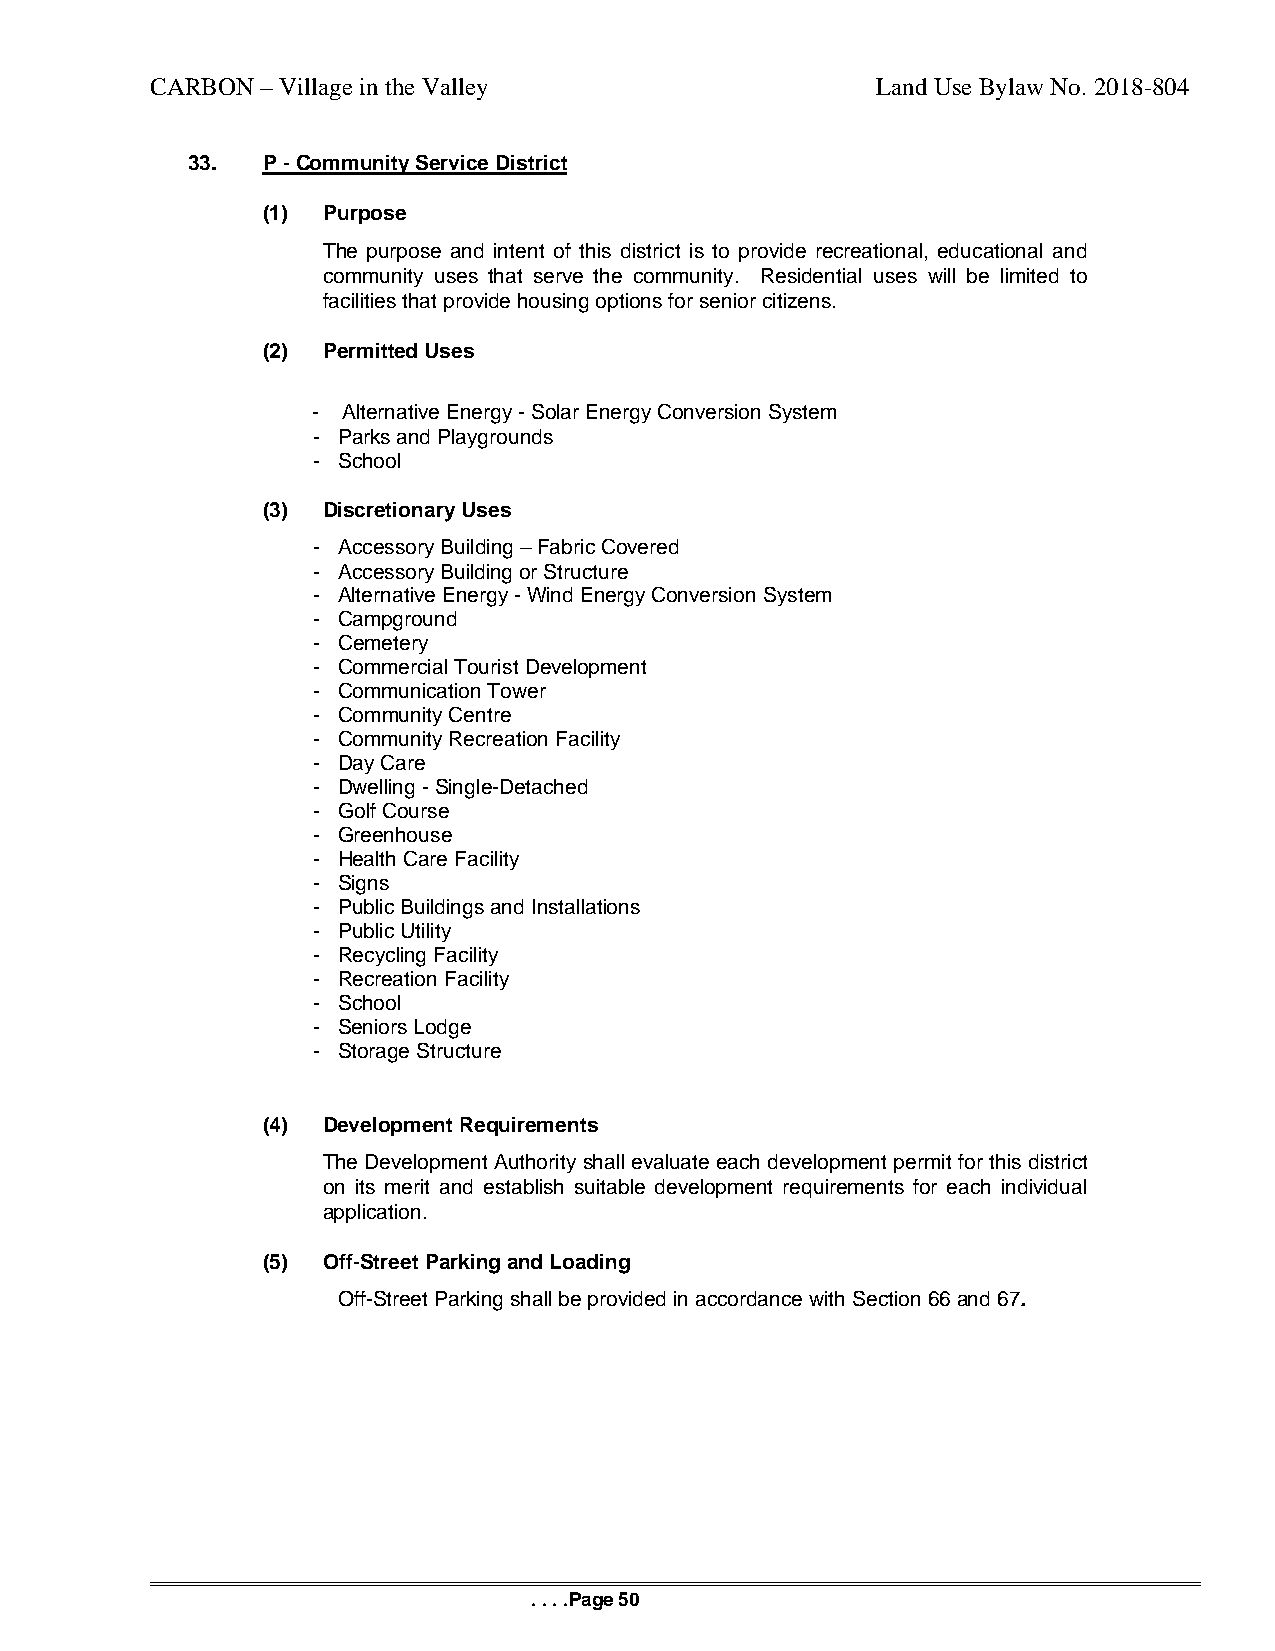
CARBON – Village in the Valley                  Land Use Bylaw No. 2018-804
 33.  P - Community Service District
 (1) Purpose
 The purpose and intent of this district is to provide recreational, educational and
 community uses that serve the community. Residential uses will be limited to
 facilities that provide housing options for senior citizens.
 (2) Permitted Uses
 - Alternative Energy - Solar Energy Conversion System
 - Parks and Playgrounds
 - School
 (3) Discretionary Uses
 - Accessory Building – Fabric Covered
 - Accessory Building or Structure
 - Alternative Energy - Wind Energy Conversion System
 - Campground
 - Cemetery
 - Commercial Tourist Development
 - Communication Tower
 - Community Centre
 - Community Recreation Facility
 - Day Care
 - Dwelling - Single-Detached
 - Golf Course
 - Greenhouse
 - Health Care Facility
 - Signs
 - Public Buildings and Installations
 - Public Utility
 - Recycling Facility
 - Recreation Facility
 - School
 - Seniors Lodge
 - Storage Structure
 (4) Development Requirements
 The Development Authority shall evaluate each development permit for this district
 on its merit and establish suitable development requirements for each individual
 application.
 (5) Off-Street Parking and Loading
 Off-Street Parking shall be provided in accordance with Section 66 and 67.
 . . . .Page 50